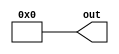
// See LICENSE.SiFive for license details.

//VCS coverage exclude_file

// No default parameter values are intended, nor does IEEE 1800-2012 require them (clause A.2.4 param_assignment),
// but Incisive demands them. These default values should never be used.
module plusarg_reader #(parameter FORMAT="borked=%d", DEFAULT=0) (
   output [31:0] out
);

`ifdef SYNTHESIS
assign out = DEFAULT;
`else
reg [31:0] myplus;
assign out = myplus;

initial begin
   if (!$value$plusargs(FORMAT, myplus)) myplus = DEFAULT;
end
`endif

endmodule